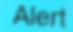
Alert